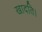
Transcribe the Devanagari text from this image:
खादति।